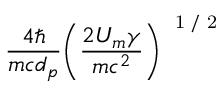
\frac { 4 \hbar } { m c d _ { p } } \! \left( \frac { 2 U _ { m } \gamma } { m c ^ { 2 } } \right) ^ { \mathrm { ~ \tiny ~ 1 ~ / ~ 2 ~ } }